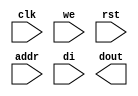
/* Generated by Yosys 0.18+10 (git sha1 e9e2c024c, gcc 11.2.1 -fPIC -Os) */

module rams_sp_wf_rst_1024x16(clk, we, rst, addr, di, dout);
  input [9:0] addr;
  input clk;
  input [15:0] di;
  output [15:0] dout;
  input rst;
  input we;
  (* src = "/nfs_scratch/scratch/CompilerValidation/abdul_hameed/Validation/RTL_testcases/Memory_Designs/rams_sp_wf_rst_1024x16/./rtl/rams_sp_wf_rst_1024x16.v:6.13-6.17" *)
  (* src = "/nfs_scratch/scratch/CompilerValidation/abdul_hameed/Validation/RTL_testcases/Memory_Designs/rams_sp_wf_rst_1024x16/./rtl/rams_sp_wf_rst_1024x16.v:6.13-6.17" *)
  wire [9:0] addr;
  (* src = "/nfs_scratch/scratch/CompilerValidation/abdul_hameed/Validation/RTL_testcases/Memory_Designs/rams_sp_wf_rst_1024x16/./rtl/rams_sp_wf_rst_1024x16.v:3.7-3.10" *)
  (* src = "/nfs_scratch/scratch/CompilerValidation/abdul_hameed/Validation/RTL_testcases/Memory_Designs/rams_sp_wf_rst_1024x16/./rtl/rams_sp_wf_rst_1024x16.v:3.7-3.10" *)
  wire clk;
  (* src = "/nfs_scratch/scratch/CompilerValidation/abdul_hameed/Validation/RTL_testcases/Memory_Designs/rams_sp_wf_rst_1024x16/./rtl/rams_sp_wf_rst_1024x16.v:7.14-7.16" *)
  (* src = "/nfs_scratch/scratch/CompilerValidation/abdul_hameed/Validation/RTL_testcases/Memory_Designs/rams_sp_wf_rst_1024x16/./rtl/rams_sp_wf_rst_1024x16.v:7.14-7.16" *)
  wire [15:0] di;
  (* src = "/nfs_scratch/scratch/CompilerValidation/abdul_hameed/Validation/RTL_testcases/Memory_Designs/rams_sp_wf_rst_1024x16/./rtl/rams_sp_wf_rst_1024x16.v:8.15-8.19" *)
  (* src = "/nfs_scratch/scratch/CompilerValidation/abdul_hameed/Validation/RTL_testcases/Memory_Designs/rams_sp_wf_rst_1024x16/./rtl/rams_sp_wf_rst_1024x16.v:8.15-8.19" *)
  wire [15:0] dout;
  (* src = "/nfs_scratch/scratch/CompilerValidation/abdul_hameed/Validation/RTL_testcases/Memory_Designs/rams_sp_wf_rst_1024x16/./rtl/rams_sp_wf_rst_1024x16.v:5.7-5.10" *)
  (* src = "/nfs_scratch/scratch/CompilerValidation/abdul_hameed/Validation/RTL_testcases/Memory_Designs/rams_sp_wf_rst_1024x16/./rtl/rams_sp_wf_rst_1024x16.v:5.7-5.10" *)
  wire rst;
  (* src = "/nfs_scratch/scratch/CompilerValidation/abdul_hameed/Validation/RTL_testcases/Memory_Designs/rams_sp_wf_rst_1024x16/./rtl/rams_sp_wf_rst_1024x16.v:4.7-4.9" *)
  (* src = "/nfs_scratch/scratch/CompilerValidation/abdul_hameed/Validation/RTL_testcases/Memory_Designs/rams_sp_wf_rst_1024x16/./rtl/rams_sp_wf_rst_1024x16.v:4.7-4.9" *)
  wire we;
  assign dout = 16'hxxxx;
endmodule